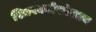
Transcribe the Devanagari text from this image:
शिल्पकलेसोबतच